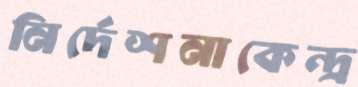
নির্দেশনাকেন্দ্র